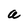
Character: a